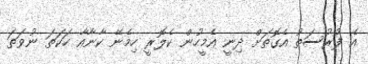
އެ ފުރުސަތު އެގޮތަށް ދިނީ އެމީހުން ކެލޮރީ ހިމެނޭ ކާނާއާ ހަކަތަ ނުވަތަ